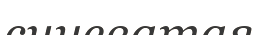
синеватая